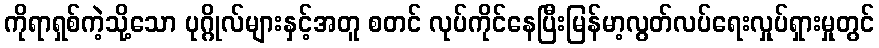
ကိုရာရှစ်ကဲ့သို့သော ပုဂ္ဂိုလ်များနှင့်အတူ စတင် လုပ်ကိုင်နေပြီးမြန်မာ့လွတ်လပ်ရေးလှုပ်ရှားမှုတွင်